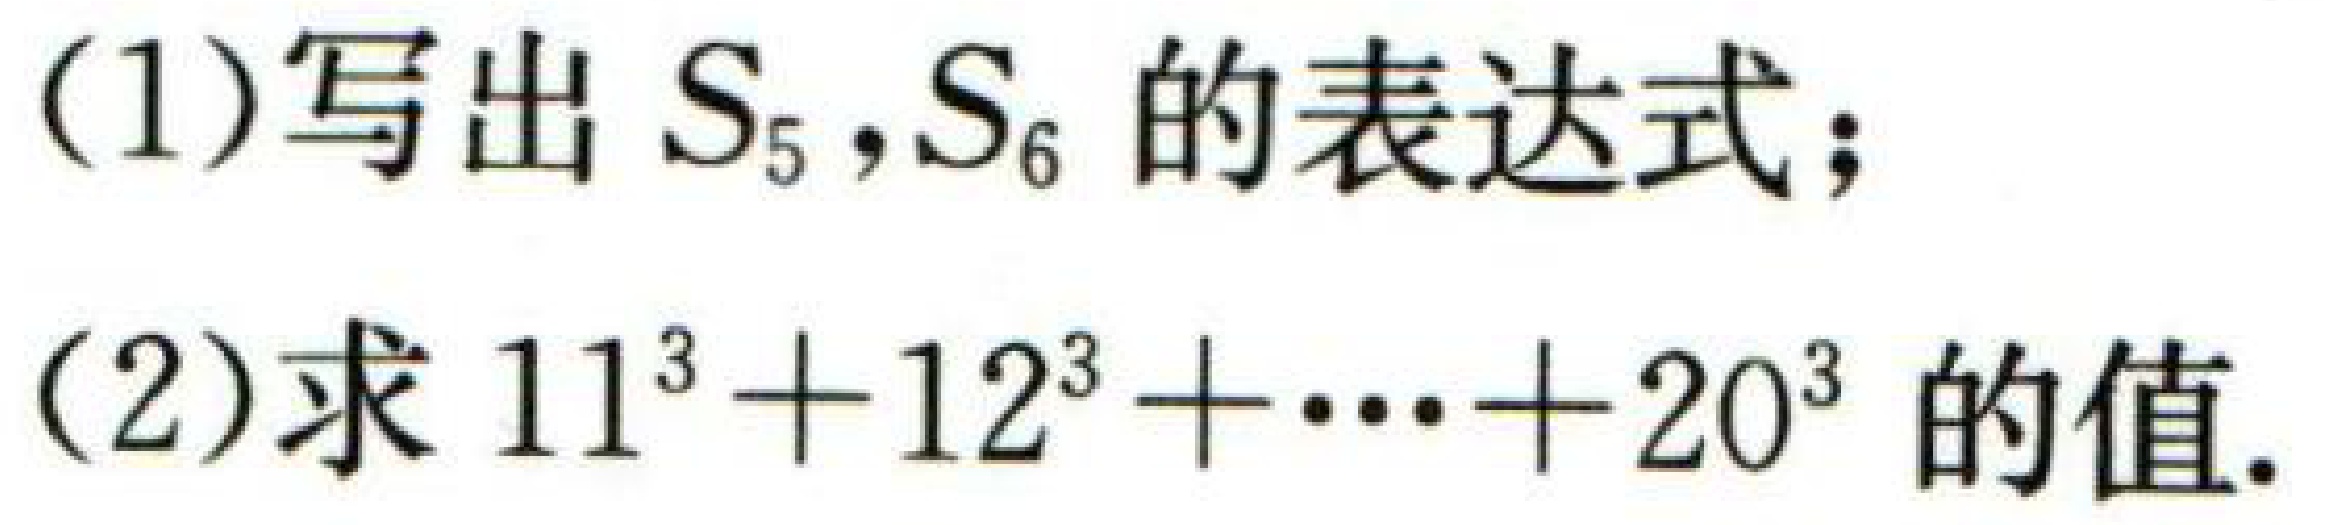
(1)写出 \(S_{5},S_{6}\) 的表达式；
(2)求 \(11^{3}+12^{3}+\cdots +20^{3}\) 的值.